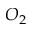
O _ { 2 }